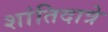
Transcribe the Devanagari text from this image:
शांतिदात्रे